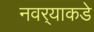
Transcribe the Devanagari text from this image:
नवर्‍याकडे